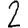
Digit: 2